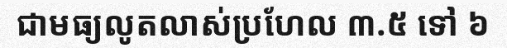
ជាមធ្យលូតលាស់ប្រហែល ៣.៥ ទៅ ៦